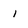
Character: 1